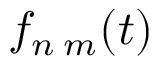
f _ { n \; m } ( t )